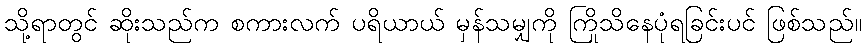
သို့ရာတွင် ဆိုးသည်က စကားလက် ပရိယာယ် မှန်သမျှကို ကြိုသိနေပုံရခြင်းပင် ဖြစ်သည်။